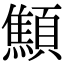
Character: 顦